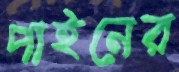
পাইনের